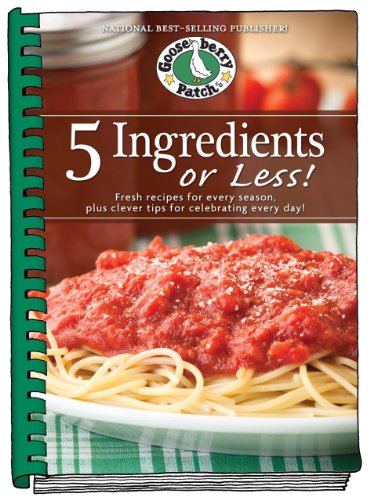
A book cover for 5 Ingredients or Less Cookbook: Fresh recipes for every season plus clever tips for celebrating every day. (Everyday Cookbook Collection); Gooseberry Patch; Cookbooks, Food & Wine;